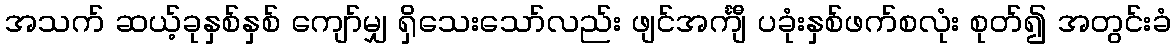
အသက် ဆယ့်ခုနှစ်နှစ် ကျော်မျှ ရှိသေးသော်လည်း ဖျင်အင်္ကျီ ပခုံးနှစ်ဖက်စလုံး စုတ်၍ အတွင်းခံ